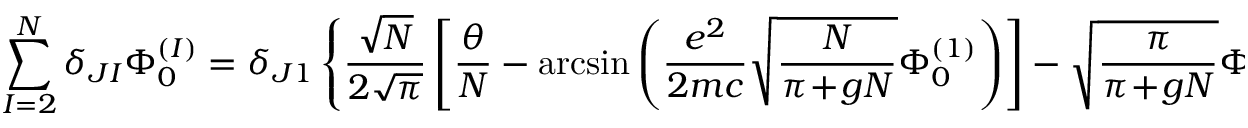
\sum _ { I = 2 } ^ { N } \delta _ { J I } \Phi _ { 0 } ^ { ( I ) } = \delta _ { J 1 } \left\{ \frac { \sqrt { N } } { 2 \sqrt { \pi } } \left[ \frac { \theta } { N } - \arcsin \left( \frac { e ^ { 2 } } { 2 m c } \sqrt { \frac { N } { \pi \! + \! g N } } \Phi _ { 0 } ^ { ( 1 ) } \right) \right] - \sqrt { \frac { \pi } { \pi \! + \! g N } } \Phi _ { 0 } ^ { ( 1 ) } \right\} \; ,